Civil Veterinary Department. Madras. Admin. report 1910-25 - 1910-1925
Year: 1910
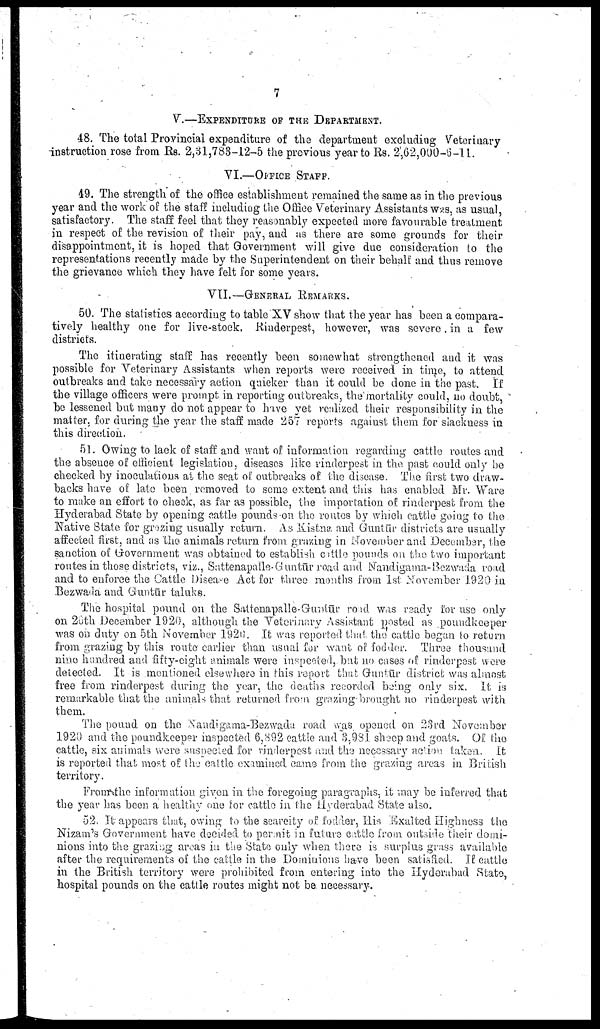
7
V.—EXPENDITURE OF THE DEPARTMENT.
48. The total Provincial expenditure of the department excluding Veterinary
instruction rose from Rs. 2,31,783-12-5 the previous year to Rs. 2',62,000-6-11.
VI.—OFFICE STAFF.
49. The strength of the office establishment remained the same as in the previous
year and the work of the staff including the Office Veterinary Assistants was, as usual,
satisfactory. The staff feel that they reasonably expected more favourable treatment
in respect of the revision of their pay, and as there are some grounds for their
disappointment, it is hoped that Government will give due consideration to the
representations recently made by the Superintendent on their behalf and thus remove
the grievance which they have felt for some years.
VII.—GENERAL REMARKS.
50. The statistics according to table XV show that the year has been a compara
tively healthy one for live-stock. Rinderpest, however, was severe in a few
districts.
The itinerating staff has recently been somewhat strengthened and it was
possible for Veterinary Assistants when reports were received in time, to attend
outbreaks and take necessary action quicker than it could be done in the past. If
the village officers were prompt in reporting outbreaks, the mortality could, no doubt,
be lessened but many do not appear to have yet realized their responsibility in the
matter, for during the year the staff made 257 reports against them for slackness in
this direction.
51. Owing to lack of staff and want of information regarding cattle routes and
the absence of efficient legislation, diseases like rinderpest in the past could only be
checked by inoculations at the seat of outbreaks of the disease. The first two draw-
backs have of late been removed to some extent and this has enabled Mr. Ware
to make an effort to check, as far as possible, the importation of rinderpest from the
Hyderabad State by opening cattle pounds on the routes by which cattle going to the
Native State for grazing usually return. Ay Kistna and Guntūr districts are usually
affected first, and as the animals return from grazing in November and December, the
sanction of Government was obtained to establish cattle pounds on the two important
routes in those districts, viz., Sattenapalle-Guntūr road and Nandigama-Bezwada road
and to enforce the Cattle Disease Act for three months from 1st November 1920 in
Bezwada and Guntūr taluks.
The hospital pound on the Sattenapalle-Guntūr road was ready for use only
on 20th December 1920, although the Veterinary Assistant posted as poundkeeper
was on duty on 5th November 1920. It was reported that the cattle began to return
from grazing by this route earlier than usual for want of fodder. Three thousand
nine hundred and fifty-eight animals were inspected, but no cases of rinderpest were
detected. It is mentioned elsewhere in this report that Guntūr district was almost
free from rinderpest during the year, the deaths recorded being only six. It is
remarkable that the animals that returned from grazing-brought no rinderpest with
them.
The pound on the Nandigama-Bezwada road was opened on 23rd November
1920 and the poundkeeper inspected 6,892 cattle and 3,981 sheep and goats. Of the
cattle, six animals were suspected for rinderpest and the necessary action taken. It
is reported that most of the cattle examined came from the grazing areas in British
territory.
From the information given in the foregoing paragraphs, it may be inferred that
the year has been a healthy one for cattle in the Hyderabad State also.
52. It appears that, owing to the scarcity of fodder, His Exalted Highness the
Nizam's Government have decided to permit in future cattle from outside their domi
nions into the grazing areas in the State only when there is surplus grass available
after the requirements of the cattle in the Dominions have been satisfied. If cattle
in the British territory were prohibited from entering into the Hyderabad State,
hospital pounds on the cattle routes might not be. necessary.